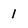
Character: 1